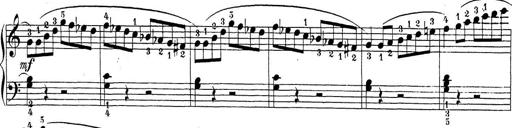
Title: Sonatina Album
Composer: Louis KÃ¶hler